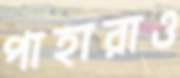
পাহারাও